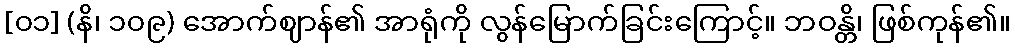
[၀၁] (နိ၊ ၁၀၉) အောက်ဈာန်၏ အာရုံကို လွန်မြောက်ခြင်းကြောင့်။ ဘဝန္တိ၊ ဖြစ်ကုန်၏။